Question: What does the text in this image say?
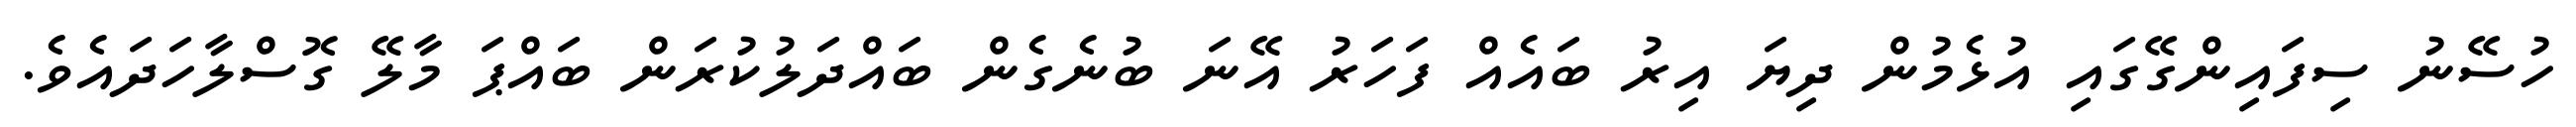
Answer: ހުސޭނު ސިފައިންގޭގައި އުޅެމުން ދިޔަ އިރު ބައެއް ފަހަރު އޭނަ ބުނެގެން ބައްދަލުކުރަން ބައްޕަ މާލޭ ގޮސްލާހަދައެވެ.